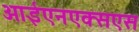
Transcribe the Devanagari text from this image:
आईएनएक्सएस